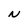
Character: N